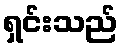
ရှင်းသည်